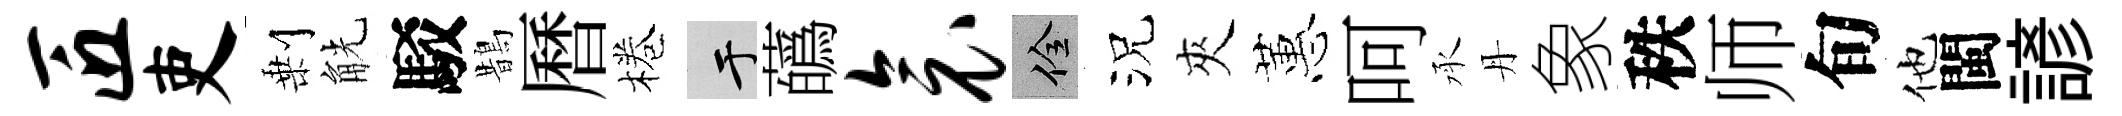
匠吏剰觥駁鵲曆棬于蘤衾佺況夾蕙呵承丹象秩师旬他閩諺